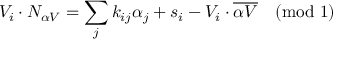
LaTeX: V _ { i } \cdot N _ { \alpha V } = \sum _ { j } k _ { i j } \alpha _ { j } + s _ { i } - V _ { i } \cdot \overline { { { \alpha V } } } \quad ( \mathrm { m o d \ 1 } )